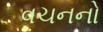
વચનનો